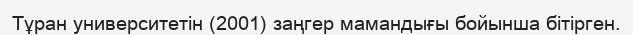
Тұран университетін (2001) заңгер мамандығы бойынша бітірген.